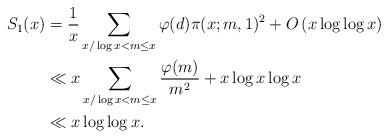
LaTeX: \begin{align*}S_1(x)&=\frac{1}{x}\sum_{x/\log x<m\le x}\varphi(d)\pi(x;m,1)^2+O\left(x\log\log x\right)\\&\ll x\sum_{x/\log x<m\le x}\frac{\varphi(m)}{m^2}+x\log x\log x\\&\ll x\log\log x.\end{align*}